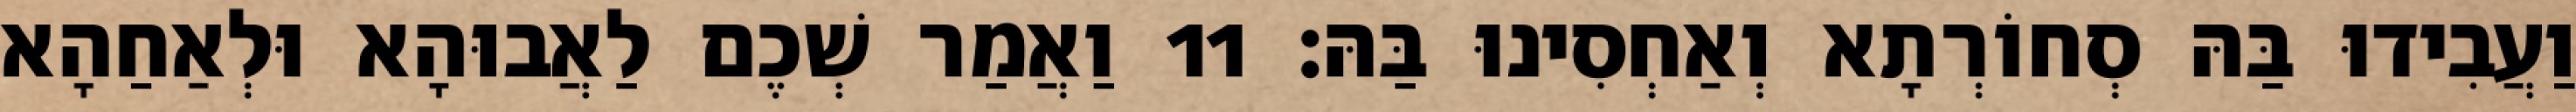
וַעֲבִידוּ בַּהּ סְחוֹרְתָא וְאַחְסִינוּ בַּהּ׃ 11 וַאֲמַר שְׁכֶם לַאֲבוּהָא וּלְאַחַהָא